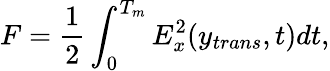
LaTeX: F=\frac{1}{2}\int_{0}^{T_{m}}E_{x}^{2}(y_{trans},t)dt,